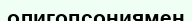
олигопсониямен